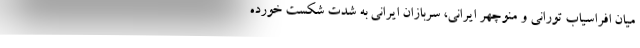
میان افراسیاب تورانی و منوچهر ایرانی، سربازان ایرانی به شدت شکست خورده